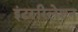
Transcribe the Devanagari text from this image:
इंटररिलेशन